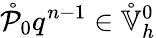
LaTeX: \mathring{\mathcal{P}}_{0}q^{n-1}\in\mathring{\mathbb{{V}}}_{h}^{0}